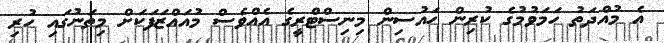
އެ މުއްދަތު ހަމަވުމުގެ ކުރިން ހައުސިން މިނިސްޓްރީގެ އެއްވެސް މުއައްޒަފަކަށް މިތަނުގައި ހުރި